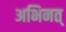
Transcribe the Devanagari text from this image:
अभिनत्